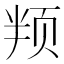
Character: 𬱙